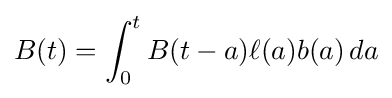
B(t)=\int _{0}^{t}B(t-a)\ell (a)b(a)\,da